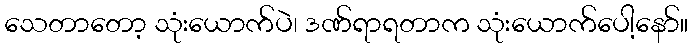
သေတာတော့ သုံးယောက်ပဲ၊ ဒဏ်ရာရတာက သုံးယောက်ပေါ့နော်။